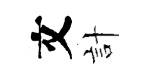
文計